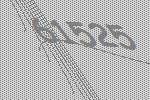
61525